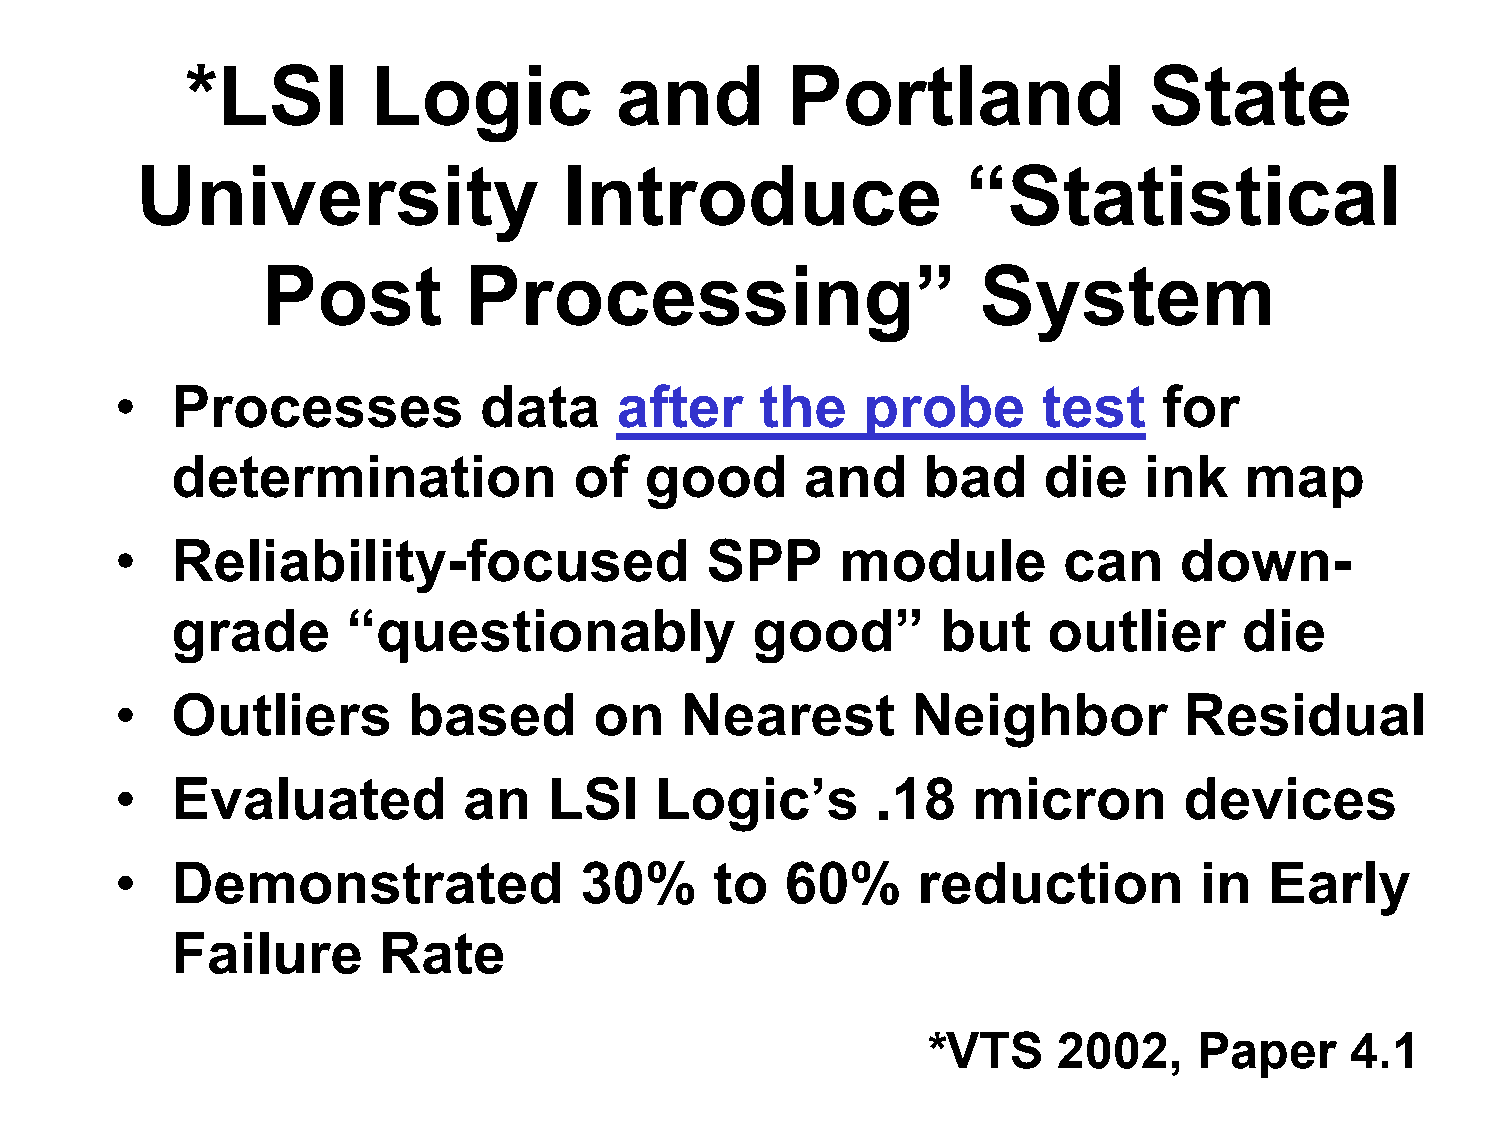
*LSI         Logic           and        Portland                State
 University                  Introduce                  “Statistical
 Post          Processing”                       System
 •  Processes            data     after    the    probe       test    for
 determination              of   good      and     bad     die    ink   map
 •  Reliability-focused                 SPP      module        can     down-
 grade       “questionably              good”       but    outlier      die
 •  Outliers        based       on    Nearest        Neighbor          Residual
 •  Evaluated           an   LSI    Logic’s        .18   micron        devices
 •  Demonstrated               30%      to   60%      reduction         in   Early
 Failure       Rate
 *VTS     2002,    Paper     4.1